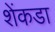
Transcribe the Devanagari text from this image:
शेंकडा